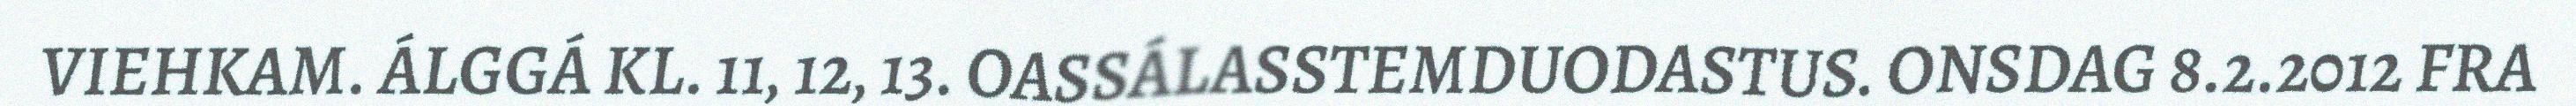
VIEHKAM. ÁLGGÁ KL. 11, 12, 13. OASSÁLASSTEMDUODASTUS. ONSDAG 8.2.2012 FRA